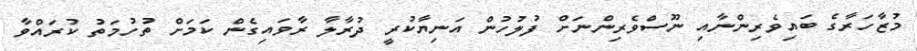
މުޒާހަރާގެ ބައިވެރިންނާއި ނޫސްވެރިންނަށް ފުލުހުން އަނިޔާކުރީ ދުރާލާ ރާވައިގެން ކަމަށް ތުހުމަތު ކުރައްވާ